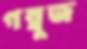
গম্বুজ